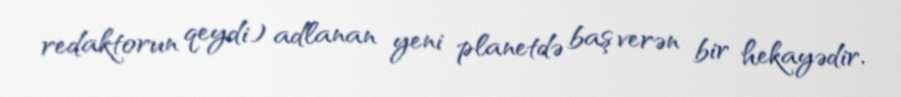
redaktorun qeydi) adlanan yeni planetdə baş verən bir hekayədir.